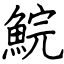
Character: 鯇